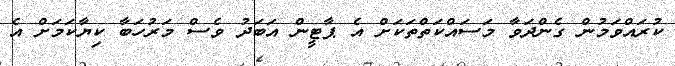
ކުރައްވަމުން ގެންދަވާ މަސައްކަތްތަކަށް އެ ޕާޓީން އަބަދު ވެސް މަރުހަބާ ކިޔާކަމަށް އެ